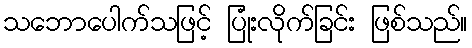
သဘောပေါက်သဖြင့် ပြုံးလိုက်ခြင်း ဖြစ်သည်။